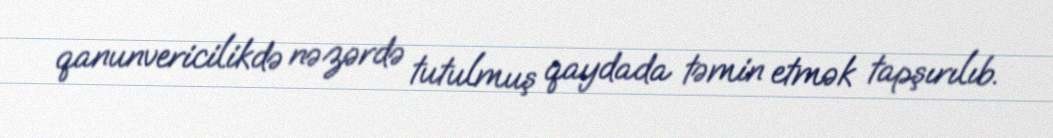
qanunvericilikdə nəzərdə tutulmuş qaydada təmin etmək tapşırılıb.